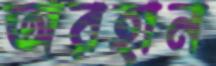
অরহান